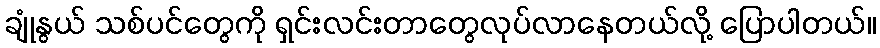
ချုံနွယ် သစ်ပင်တွေကို ရှင်းလင်းတာတွေလုပ်လာနေတယ်လို့ ပြောပါတယ်။